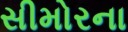
સીમોરના